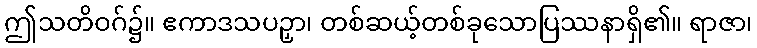
ဤသတိဝဂ်၌။ ဧကာဒသပဉှာ၊ တစ်ဆယ့်တစ်ခုသောပြဿနာရှိ၏။ ရာဇာ၊